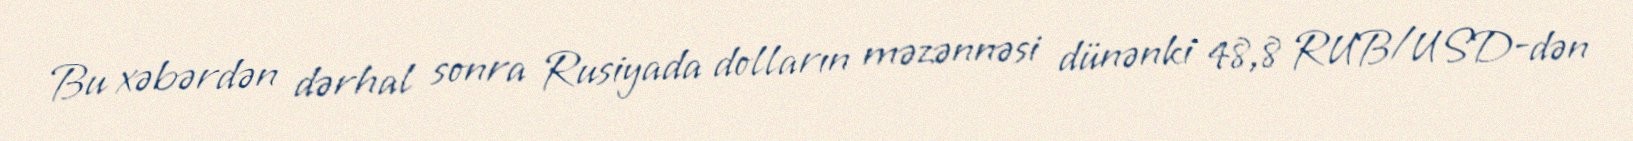
Bu xəbərdən dərhal sonra Rusiyada dolların məzənnəsi dünənki 48,8 RUB/USD-dən